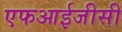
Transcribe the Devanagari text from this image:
एफआईजीसी